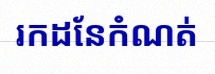
រកដែនកំណត់